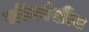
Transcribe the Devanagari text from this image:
सोंगवंशीय